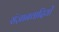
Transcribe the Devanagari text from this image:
संज्ञानवादियों